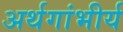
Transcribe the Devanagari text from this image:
अर्थगांभीर्य